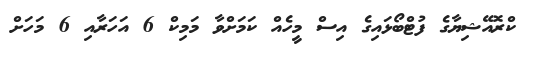
ކްރޮއޭޝިޔާގެ ފުޓްބޯޅައިގެ އިސް މީހެއް ކަމަށްވާ މަމިކް 6 އަހަރާއި 6 މަހަށް